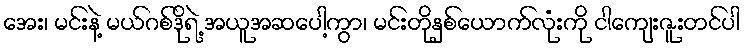
အေး၊ မင်းနဲ့ မယ်ဂစ်ဒိုရဲ့ အယူအဆပေါ့ကွာ၊ မင်းတိုနှစ်ယောက်လုံးကို ငါကျေးဇူးတင်ပါ